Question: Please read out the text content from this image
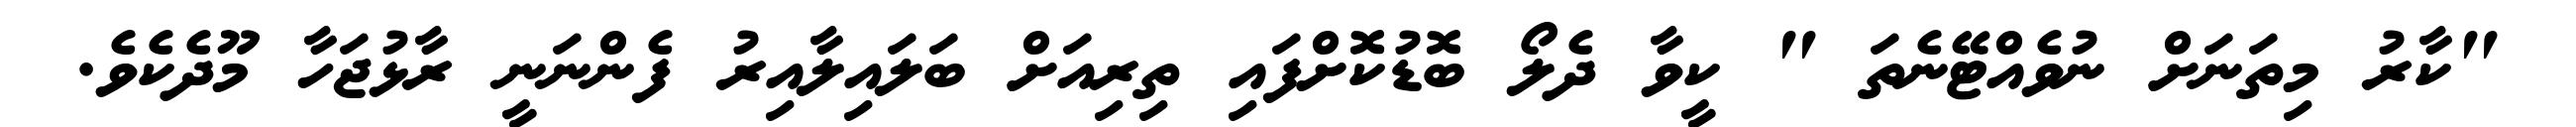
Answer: "ކާރު މިތަނަށް ނުވެއްޓޭނެތަ " ކީވާ ދެލޯ ބޮޑުކޮށްފައި ތިރިއަށް ބަލައިލާއިރު ފެންނަނީ ރާޅުޖަހާ މޫދެކެވެ.